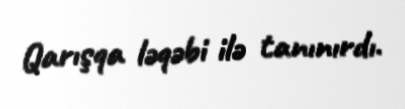
Qarışqa ləqəbi ilə tanınırdı.